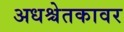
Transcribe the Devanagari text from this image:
अधश्चेतकावर